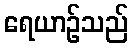
ရေယာဉ်သည်